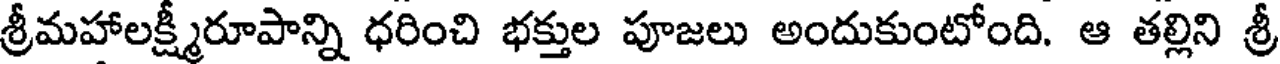
శ్రీమహాలక్ష్మీరూపాన్ని ధరించి భక్తుల పూజలు అందుకుంటోంది. ఆ తల్లిని శ్రీ